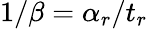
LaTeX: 1/\beta=\alpha_{r}/t_{r}